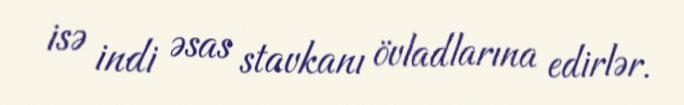
isə indi əsas stavkanı övladlarına edirlər.